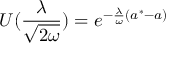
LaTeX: U ( \frac { \lambda } { \sqrt { 2 \omega } } ) = e ^ { - \frac { \lambda } { \omega } ( a ^ { * } - a ) }